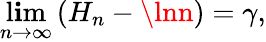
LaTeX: \operatorname*{l\mathbf{i}m}_{n\to\infty}\left(H_{n}-\lnn\right)=\gamma,